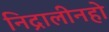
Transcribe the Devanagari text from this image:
निद्रालीनहो